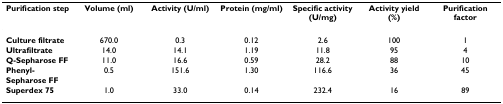
<table><thead><tr><td><b>Purification step</b></td><td><b>Volume (ml)</b></td><td><b>Activity (U/ml)</b></td><td><b>Protein (mg/ml)</b></td><td><b>Specific activity (U/mg)</b></td><td><b>Activity yield (%)</b></td><td><b>Purification factor</b></td></tr></thead><tbody><tr><td><b>Culture filtrate</b></td><td>670.0</td><td>0.3</td><td>0.12</td><td>2.6</td><td>100</td><td>1</td></tr><tr><td><b>Ultrafiltrate</b></td><td>14.0</td><td>14.1</td><td>1.19</td><td>11.8</td><td>95</td><td>4</td></tr><tr><td><b>Q-Sepharose FF</b></td><td>11.0</td><td>16.6</td><td>0.59</td><td>28.2</td><td>88</td><td>10</td></tr><tr><td><b>Phenyl-Sepharose FF</b></td><td>0.5</td><td>151.6</td><td>1.30</td><td>116.6</td><td>36</td><td>45</td></tr><tr><td><b>Superdex 75</b></td><td>1.0</td><td>33.0</td><td>0.14</td><td>232.4</td><td>16</td><td>89</td></tr></tbody></table>